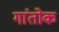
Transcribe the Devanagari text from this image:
गांतोक